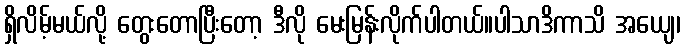
ရှိလိမ့်မယ်လို့ တွေးတောပြီးတော့ ဒီလို မေးမြန်းလိုက်ပါတယ်။ပါသာဒိကာသိ အယျေ၊